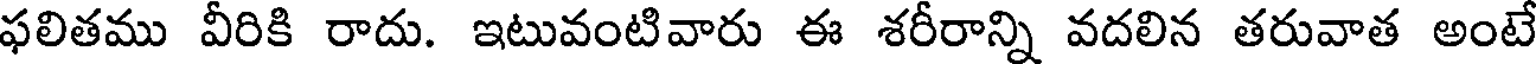
ఫలితము వీరికి రాదు. ఇటువంటివారు ఈ శరీరాన్ని వదలిన తరువాత అంటే